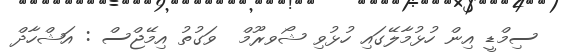
ސިމްޑީ އިން ހުޅުމާލޭގައި ހުޅުވި ޝޯވރޫމް  ވަގުތު އިމޭޖްސް : އަޝްހާދް